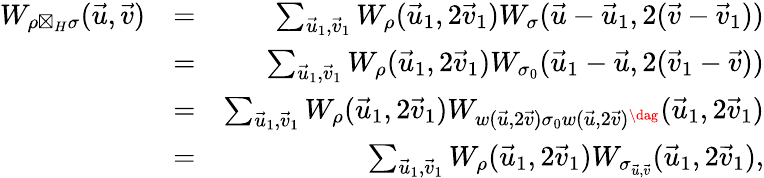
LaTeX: \begin{array}{rlr}{W_{\rho\boxtimes_{H}\sigma}(\vec{u},\vec{v})}&{=}&{\sum_{\vec{u}_{1},\vec{v}_{1}}W_{\rho}(\vec{u}_{1},2\vec{v}_{1})W_{\sigma}(\vec{u}-\vec{u}_{1},2(\vec{v}-\vec{v}_{1}))}\\ &{=}&{\sum_{\vec{u}_{1},\vec{v}_{1}}W_{\rho}(\vec{u}_{1},2\vec{v}_{1})W_{\sigma_{0}}(\vec{u}_{1}-\vec{u},2(\vec{v}_{1}-\vec{v}))}\\ &{=}&{\sum_{\vec{u}_{1},\vec{v}_{1}}W_{\rho}(\vec{u}_{1},2\vec{v}_{1})W_{w(\vec{u},2\vec{v})\sigma_{0}w(\vec{u},2\vec{v})^{\dag}}(\vec{u}_{1},2\vec{v}_{1})}\\ &{=}&{\sum_{\vec{u}_{1},\vec{v}_{1}}W_{\rho}(\vec{u}_{1},2\vec{v}_{1})W_{\sigma_{\vec{u},\vec{v}}}(\vec{u}_{1},2\vec{v}_{1}),}\end{array}